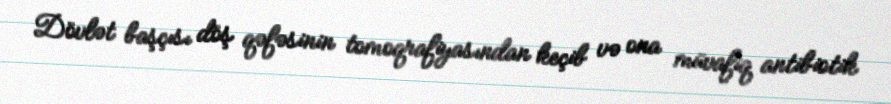
Dövlət başçısı döş qəfəsinin tomoqrafiyasından keçib və ona müvafiq antibiotik